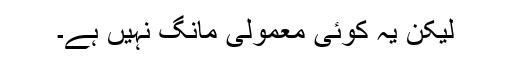
لیکن یہ کوئی معمولی مانگ نہیں ہے۔